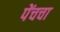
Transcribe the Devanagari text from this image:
पेंचचा